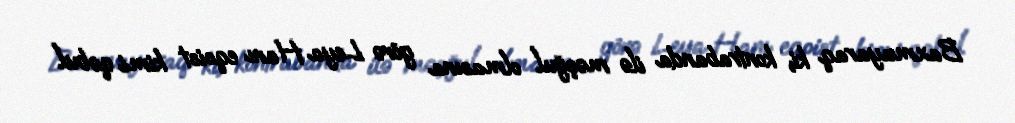
Baxmayaraq ki, kontrabanda ilə məşğul olmasına görə Leya Hanı eqoist kimi qəbul